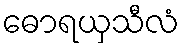
ဓောရယှသီလံ